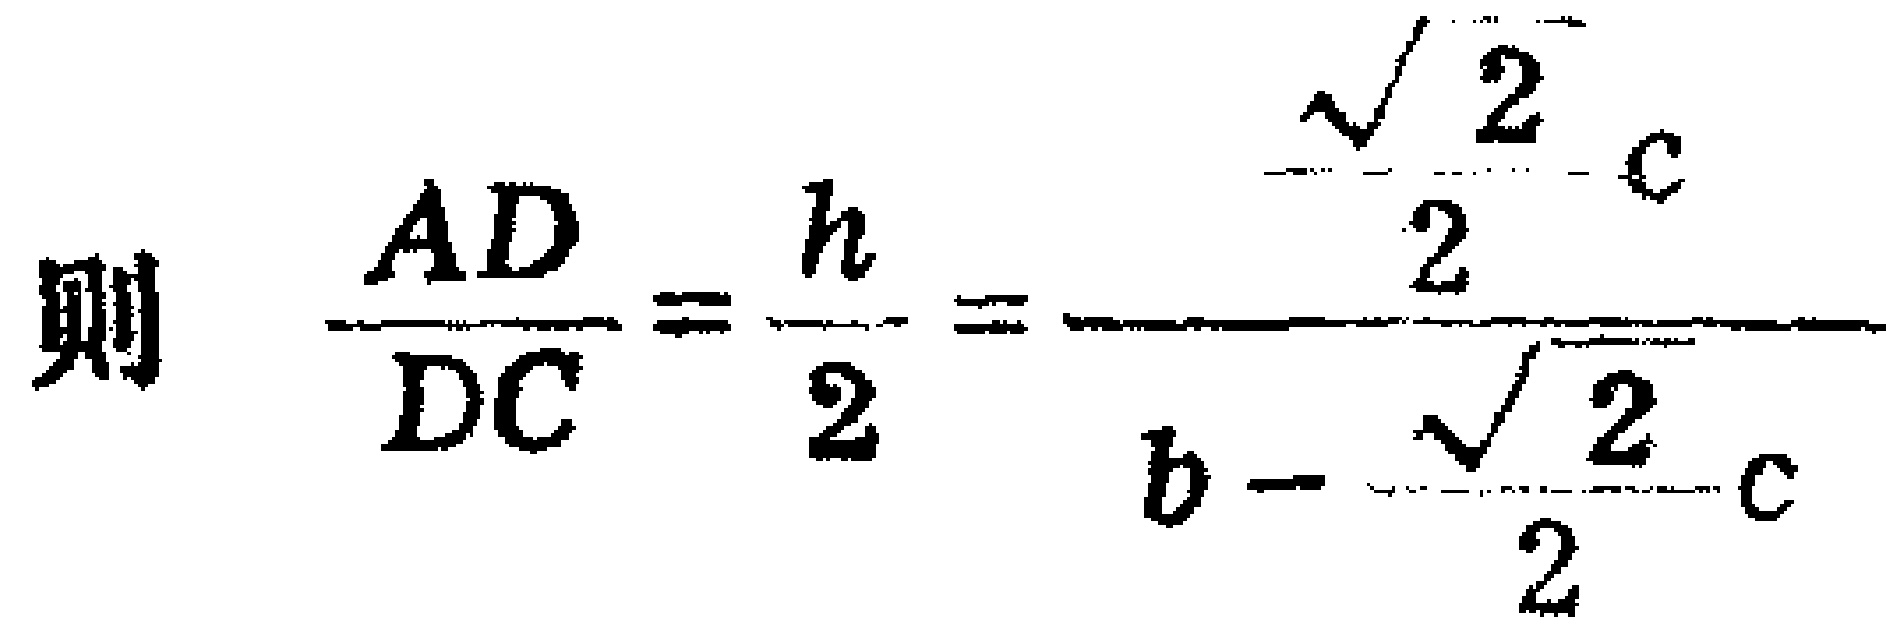
则 \(\frac{AD}{DC}=\frac{h}{2}=\frac{\frac{\sqrt{2}}{2}c}{b - \frac{\sqrt{2}}{2}c}\)